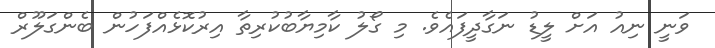
ވަނީ ނިއު އަށް ލީޑު ނަގާދީފައެވެ. މި ގޯލު ކާމިޔާބުކުރިތާ އިރުކޮޅެއްފަހުން ބެންގަލޫރް